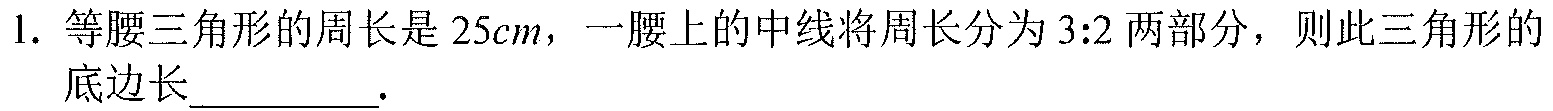
1. 等腰三角形的周长是\(25cm\)，一腰上的中线将周长分为\(3:2\)两部分，则此三角形的底边长_________.